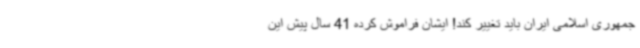
جمهوری اسلامی ایران باید تغییر کند! ایشان فراموش کرده 41 سال پیش این